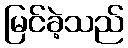
မြင်ခဲ့သည်